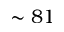
\sim 8 1